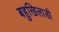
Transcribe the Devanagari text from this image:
बहुखिलाडी